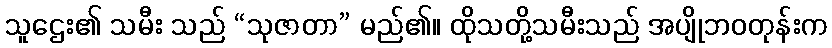
သူဌေး၏ သမီး သည် “သုဇာတာ” မည်၏။ ထိုသတို့သမီးသည် အပျိုဘဝတုန်းက